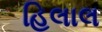
હિલાલ